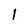
Character: l